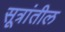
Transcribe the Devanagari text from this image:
सूत्रांतील